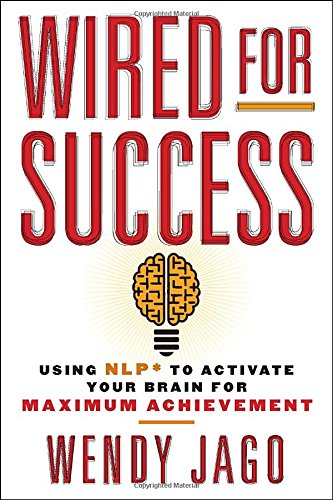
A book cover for Wired for Success: Using NLP* to Activate Your Brain for Maximum Achievement; Wendy Jago; Self-Help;